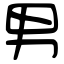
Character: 男